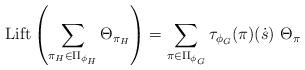
LaTeX: \begin{align*} \mathrm{Lift} \left( \sum_{\pi_{H} \in \Pi_{\phi_{H}}}\Theta_{\pi_{H}}\right) = \sum_{\pi \in \Pi_{\phi_{G}}}\tau_{\phi_{G}}(\pi)(\dot{s})\ \Theta_{\pi}\end{align*}